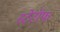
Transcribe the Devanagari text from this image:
स्टेटॉफ